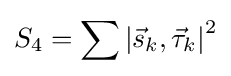
S_{4}=\sum {\left|{\vec {s}}_{k},{\vec {\tau }}_{k}\right\vert }^{2}